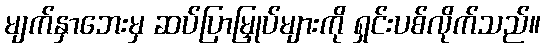
မျက်နှာဘေးမှ ဆပ်ပြာမြှုပ်များကို ရှင်းပစ်လိုက်သည်။